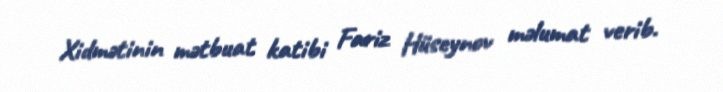
Xidmətinin mətbuat katibi Fariz Hüseynov məlumat verib.